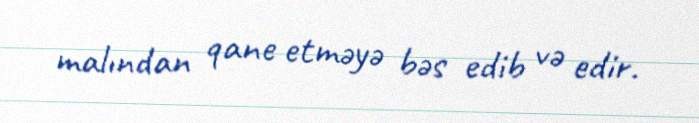
malından qane etməyə bəs edib və edir.